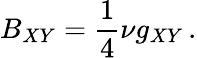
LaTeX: B_{XY}=\frac 14\nu g_{XY}\, .